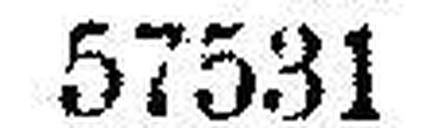
57531